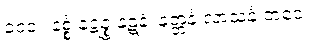
၁၀၀။ နစ္စံ နဋ္ဋဉ္စ နဋနံ၊ နတ္တနံ လာသနံ ဘဝေ။